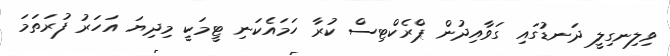
ވިލިނގިލީ ދަނޑުގައި ގަވާއިދުން ޕްރެކްޓިސް ކުރާ ހަމައެކަނި ޓީމަކީ މިދިޔަ އަހަރު ފުރަތަމަ